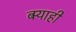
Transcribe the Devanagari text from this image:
बर्‍याही